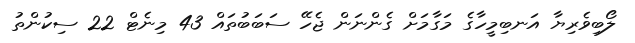
ލޯބިވެރިޔާ އަނބިމީހާގެ މަގާމަށް ގެންނަން ޖެހޭ ސަބަބުތައް 43 މިނެޓް 22 ސިކުންތު